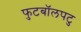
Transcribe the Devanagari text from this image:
फुटबॉलपटु